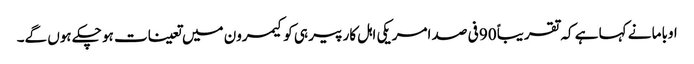
اوباما نے کہا ہے کہ تقریباً 90 فی صد امریکی اہل کار پیر ہی کو کیمرون میں تعینات ہو چکے ہوں گے۔